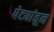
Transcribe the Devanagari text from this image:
पेट्यांतून